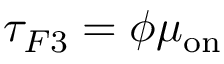
\tau _ { F 3 } = \phi \mu _ { \mathrm { o n } }